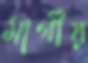
মার্গীয়